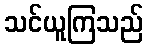
သင်ယူကြသည်